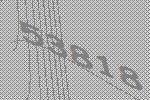
53818